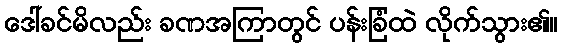
ဒေါ်ခင်မိလည်း ခဏအကြာတွင် ပန်းခြံထဲ လိုက်သွား၏။